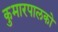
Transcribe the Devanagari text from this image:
कुमारपालको